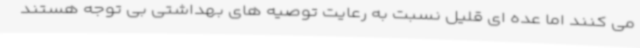
می کنند اما عده ای قلیل نسبت به رعایت توصیه های بهداشتی بی توجه هستند